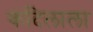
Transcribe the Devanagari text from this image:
कंदिलाला